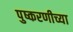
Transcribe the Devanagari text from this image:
पुष्करणीच्या